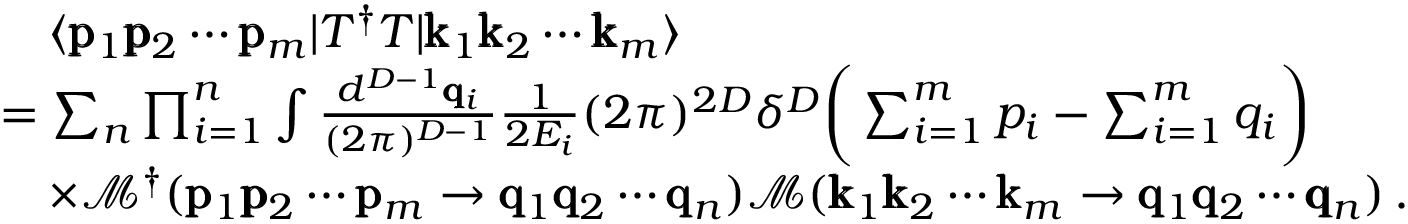
\begin{array} { r l } & { \quad \langle \pmb { \mathrm { p } } _ { 1 } \pmb { \mathrm { p } } _ { 2 } \cdots \pmb { \mathrm { p } } _ { m } | T ^ { \dagger } T | \pmb { \mathrm { k } } _ { 1 } \pmb { \mathrm { k } } _ { 2 } \cdots \pmb { \mathrm { k } } _ { m } \rangle } \\ & { = \sum _ { n } \prod _ { i = 1 } ^ { n } \int \frac { d ^ { D - 1 } \pmb { \mathrm { q } } _ { i } } { ( 2 \pi ) ^ { D - 1 } } \frac { 1 } { 2 E _ { i } } ( 2 \pi ) ^ { 2 D } \delta ^ { D } \bigg ( \sum _ { i = 1 } ^ { m } p _ { i } - \sum _ { i = 1 } ^ { m } q _ { i } \bigg ) } \\ & { \quad \times \mathcal { M } ^ { \dagger } ( \pmb { \mathrm { p } } _ { 1 } \pmb { \mathrm { p } } _ { 2 } \cdots \pmb { \mathrm { p } } _ { m } \rightarrow \pmb { \mathrm { q } } _ { 1 } \pmb { \mathrm { q } } _ { 2 } \cdots \pmb { \mathrm { q } } _ { n } ) \mathcal { M } ( \pmb { \mathrm { k } } _ { 1 } \pmb { \mathrm { k } } _ { 2 } \cdots \pmb { \mathrm { k } } _ { m } \rightarrow \pmb { \mathrm { q } } _ { 1 } \pmb { \mathrm { q } } _ { 2 } \cdots \pmb { \mathrm { q } } _ { n } ) \, . } \end{array}